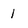
Character: I